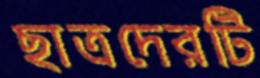
ছাত্রদেরটি